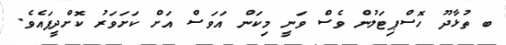
ބ ތުޅާދޫ ހޮސްޕިޓަލުން ވެސް ވަނީ މިކަން އަވަސް އަށް ކަށަވަރު ކޮށްދީފައެވެ.